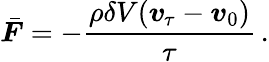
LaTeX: \bar{\boldsymbol{F}}=-\frac{\rho\delta V(\boldsymbol{v}_{\! \; \! \tau}-\boldsymbol{v}_{0})}{\tau}\, .